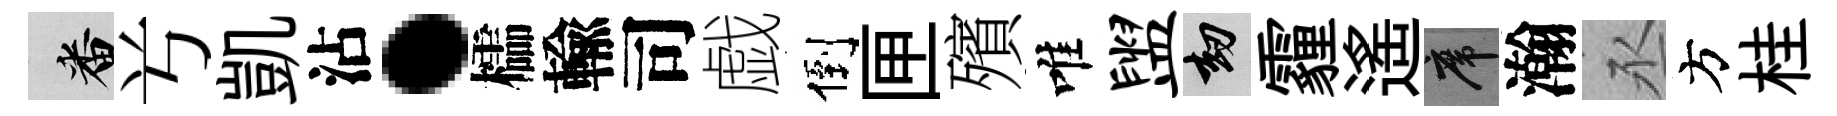
番𠔃凱沾·櫺輸司戯倒匣殯唯盥劫霾遙席瀚丞方桂